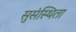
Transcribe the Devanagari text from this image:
सुसंस्थिता